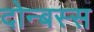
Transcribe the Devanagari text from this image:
दोन्बस्स